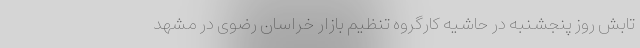
تابش روز پنجشنبه در حاشیه کارگروه تنظیم بازار خراسان رضوی در مشهد